Investigations into the jail dietaries of the United Provinces with some observations on the influence of dietary on the physical development and well-being of the people of the United Provinces - Number 48
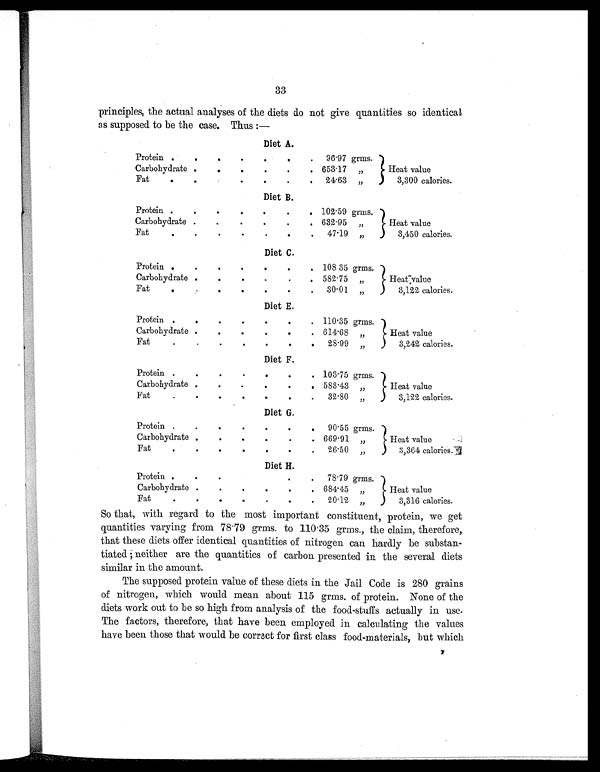
33
principles, the actual analyses of the diets do not give quantities so identical
as supposed to be the case. Thus:—
Diet A.
Protein .
. .
.
. .
.
96.97 grms.
Heat value
3,300 calories.
Carbohydrate .
.
. .
.
. 653.17
„
Fat
.
.
.
.
.
.
.
24.63
„
Diet B.
Protein .
.
.
.
.
.
. 102.59 grms.
Heat value
3,450 calories.
Carbohydrate .
.
.
.
.
. 632.95
„
Fat
.
.
.
.
.
.
.
47.19
„
Diet C.
Protein .
.
.
.
.
.
. 108.35 grms.
Heat value
3,122 calories.
Carbohydrate .
.
. .
.
. 582.75
„
Fat
.
.
.
. .
.
.
30.01 „
Diet E.
Protein .
.
.
. .
.
. 110.35 grms.
Heat value
3,242 calories.
Carbohydrate .
.
.
.
.
. 614.68
„
Fat
.
.
.
. .
.
.
28.99
„
D i e t F .
Protein .
.
.
.
.
.
. 103.75 grms.
Heat value
3,122 calories.
Carbohydrate .
.
.
.
.
. 583.43
„
Fat
.
.
.
.
.
.
.
32.80
„
Diet G.
Protein .
.
.
.
.
.
.
90.55 grms.
Heat value
3,364 calories.
Carbohydrate
.
.
.
.
.
. 669.91
„
Fat
.
.
.
. .
.
.
26.50
„
Diet H.
Protein .
.
.
.
.
78.79 grms.
Heat value
3,316 calories.
Carbohydrate .
.
.
.
.
. 684.45
„
Fat
.
.
.
.
.
.
.
20.12
„
So that, with regard to the most important constituent, protein, we get
quantities varying from 78.79 grms. to 110.35 grms., the claim, therefore,
that these diets offer identical quantities of nitrogen can hardly be substan-
tiated; neither are the quantities of carbon presented in the several diets
similar in the amount.
The supposed protein value of these diets in the Jail Code is 280 grains
of nitrogen, which would mean about 115 grms. of protein. None of the
diets work out to be so high from analysis of the food-stuffs actually in use.
The factors, therefore, that have been employed in calculating the values
have been those that would be correct for first class food-materials, but which